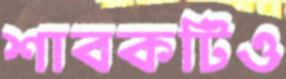
শাবকটিও